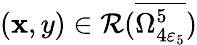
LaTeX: (\mathbf{x},y)\in\mathcal{{R}}(\overline{{{\Omega_{4\varepsilon_{5}}^{5}}}})